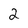
Character: 2